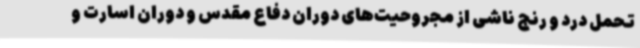
تحمل درد و رنج ناشی از مجروحیت‌های دوران دفاع مقدس و دوران اسارت و